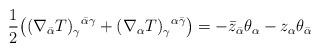
LaTeX: \begin{align*}\frac12\big((\nabla_{\bar\alpha} T)_\gamma^{\enskip\bar\alpha\gamma}+(\nabla_{\alpha} T)_\gamma^{\enskip\alpha\bar\gamma}\big) = -\bar{z}_{\bar\alpha}\theta_\alpha - z_\alpha \theta_{\bar\alpha}\end{align*}